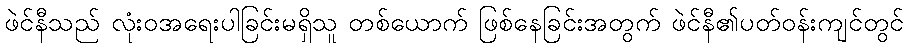
ဖဲင်နီသည် လုံးဝအရေးပါခြင်းမရှိသူ တစ်ယောက် ဖြစ်နေခြင်းအတွက် ဖဲင်နီ၏ပတ်ဝန်းကျင်တွင်